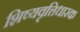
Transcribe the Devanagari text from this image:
शिष्यवृत्तिधारक